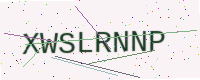
Text: XWSLRNNP